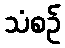
သံစဉ်